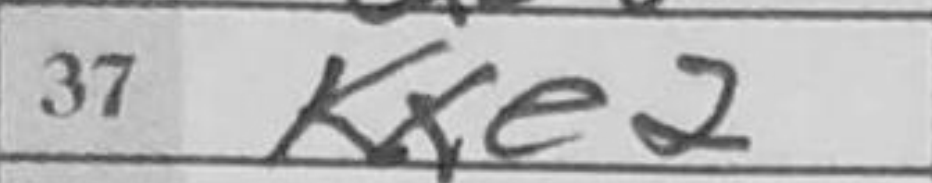
Transcription: Kxe2